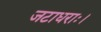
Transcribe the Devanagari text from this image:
जटाधराः।